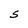
Character: S